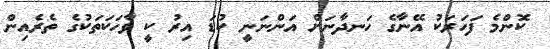
ކޮންމެ ފަހަރަކު އޭނާގެ ހަނދާނަށް އަންނަނީ ކުޑަ އިރު ކީ ވާހަކަތަކުގެ ތެރެއިން